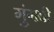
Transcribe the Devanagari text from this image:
गुंगवी